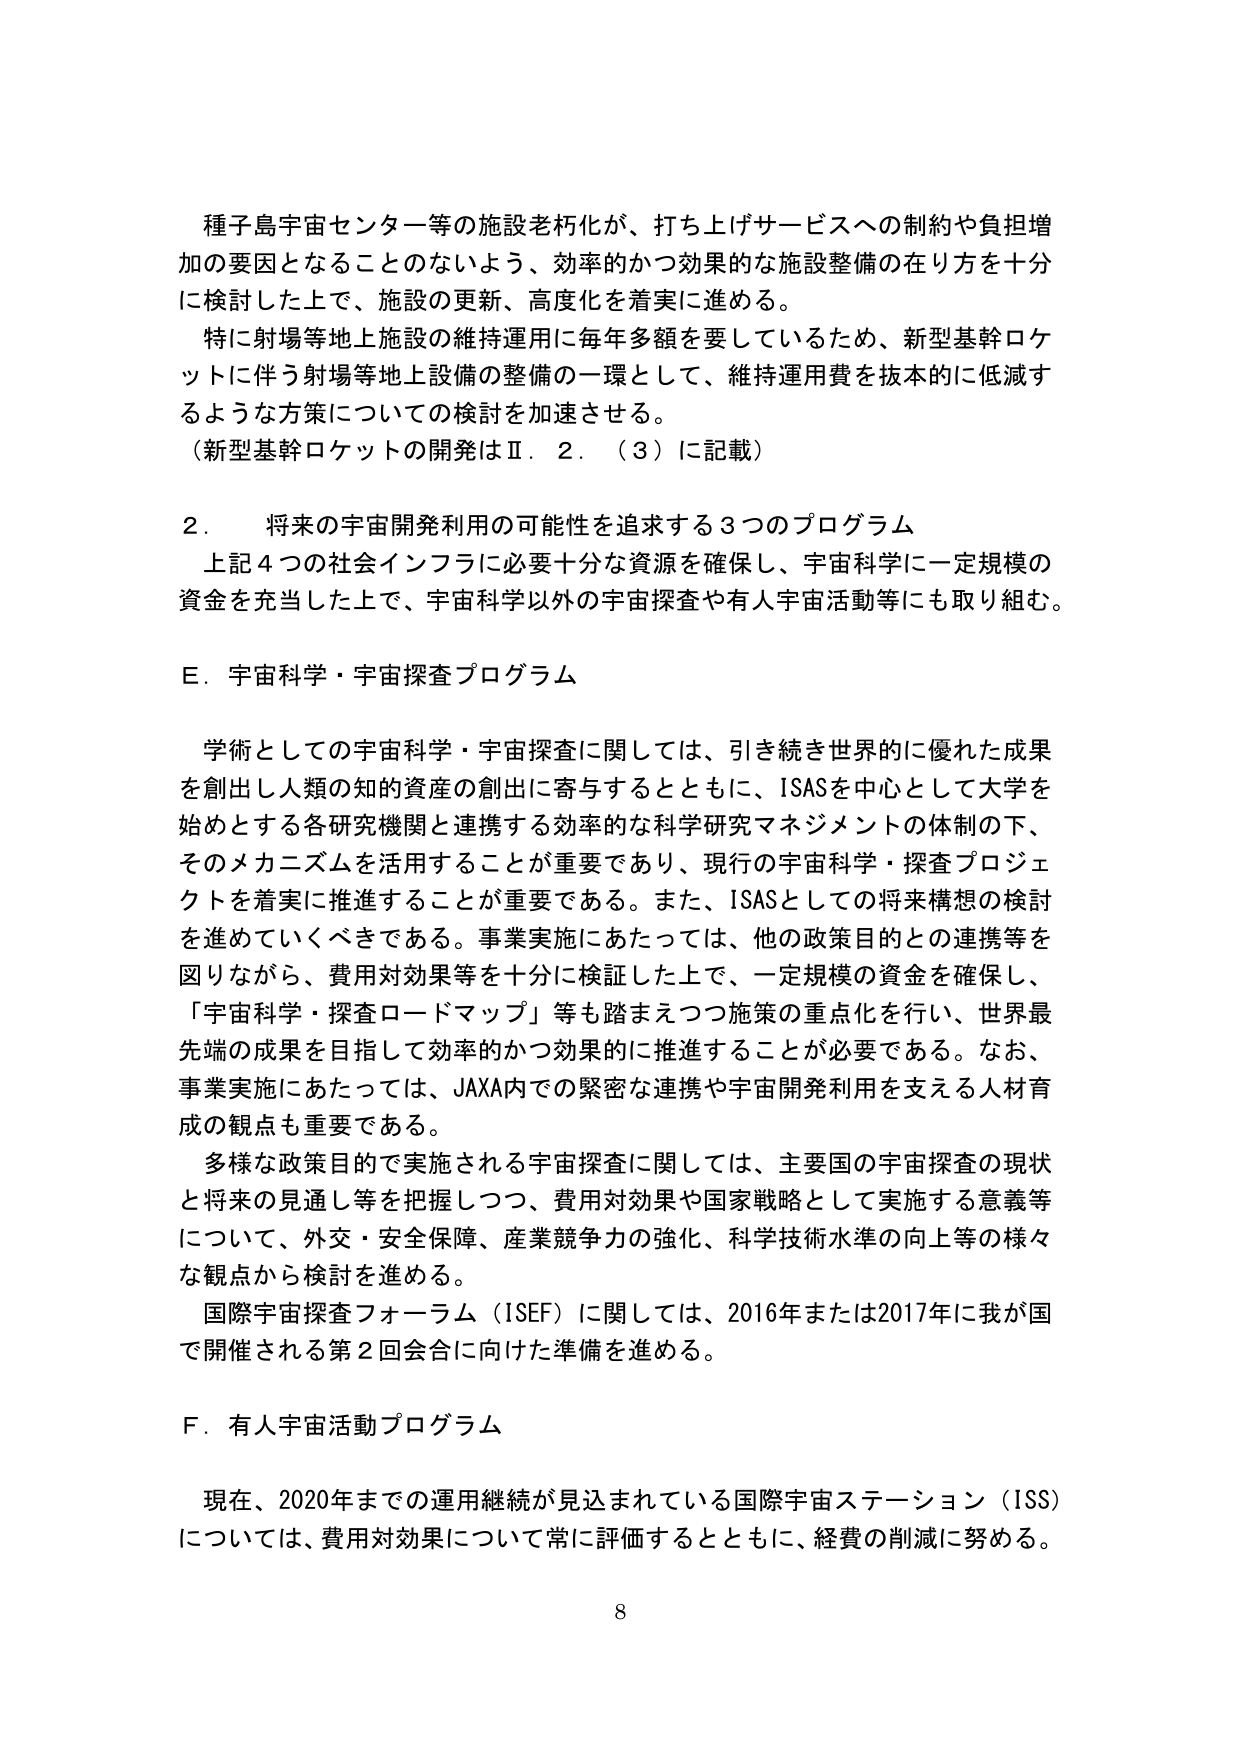
種子島宇宙センター等の施設老朽化が、打ち上げサービスへの制約や負担増加の要因となることのないよう、効率的かつ効果的な施設整備の在り方を十分に検討した上で、施設の更新、高度化を着実に進める。

特に射場等地上施設の維持運用に毎年多額を要しているため、新型基幹ロケットに伴う射場等地上設備の整備の一環として、維持運用費を抜本的に低減するような方策についての検討を加速させる。
（新型基幹ロケットの開発はⅡ．２．（３）に記載）

２． 将来の宇宙開発利用の可能性を追求する３つのプログラム
上記４つの社会インフラに必要十分な資源を確保し、宇宙科学に一定規模の資金を充当した上で、宇宙科学以外の宇宙探査や有人宇宙活動等にも取り組む。

Ｅ．宇宙科学・宇宙探査プログラム

学術としての宇宙科学・宇宙探査に関しては、引き続き世界的に優れた成果を創出し人類の知的資産の創出に寄与するとともに、ISASを中心として大学を始めとする各研究機関と連携する効率的な科学研究マネジメントの体制の下、そのメカニズムを活用することが重要であり、現行の宇宙科学・探査プロジェクトを着実に推進することが重要である。また、ISASとしての将来構想の検討を進めていくべきである。事業実施にあたっては、他の政策目的との連携等を図りながら、費用対効果等を十分に検証した上で、一定規模の資金を確保し、「宇宙科学・探査ロードマップ」等も踏まえつつ施策の重点化を行い、世界最先端の成果を目指して効率的かつ効果的に推進することが必要である。なお、事業実施にあたっては、JAXA内での緊密な連携や宇宙開発利用を支える人材育成の観点も重要である。

多様な政策目的で実施される宇宙探査に関しては、主要国の宇宙探査の現状と将来の見通し等を把握しつつ、費用対効果や国家戦略として実施する意義等について、外交・安全保障、産業競争力の強化、科学技術水準の向上等の様々な観点から検討を進める。

国際宇宙探査フォーラム（ISEF）に関しては、2016年または2017年に我が国で開催される第２回会合に向けた準備を進める。

Ｆ．有人宇宙活動プログラム

現在、2020年までの運用継続が見込まれている国際宇宙ステーション（ISS）については、費用対効果について常に評価するとともに、経費の削減に努める。

8